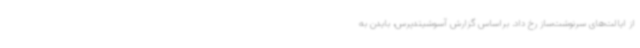
از ایالت‌های سرنوشت‌ساز رخ داد. براساس گزارش آسوشیتدپرس، بایدن به